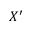
X ^ { \prime }